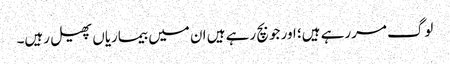
لوگ مررہے ہیں؛ اور جو بچ رہے ہیں ان میں بیماریاں پھیل رہیں۔